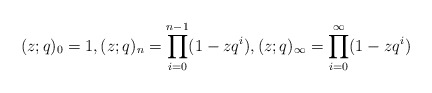
\begin{align*}(z; q)_0 = 1, (z; q)_n = \prod_{i=0}^{n-1}(1-zq^i), (z;q)_\infty=\prod_{i=0}^{\infty}(1-zq^i)\end{align*}